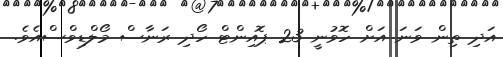
އަދި ތިން ވަނަ އަށް ހޮވުނީ 23 ޕޮއިންޓް ހޯދި ރަނާސް މޯލްޑިވްސްއެވެ.